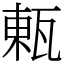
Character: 㼯